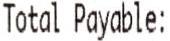
TOTAL PAYABLE: